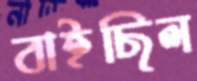
বাইছিল